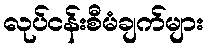
လုပ်ငန်းစီမံချက်များ